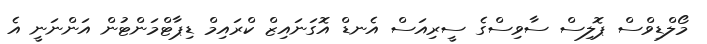
މޯލްޑިވްސް ޕޮލިސް ސާވިސްގެ ސީރިއަސް އެނޑް އޮގަނައިޒް ކްރައިމް ޑިޕާޓްމަންޓުން އަންނަނީ އެ